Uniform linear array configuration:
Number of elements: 8
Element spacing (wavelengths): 0.25
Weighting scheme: hann
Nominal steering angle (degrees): -45
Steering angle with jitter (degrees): -45.496
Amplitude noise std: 0.05
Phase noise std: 0.05

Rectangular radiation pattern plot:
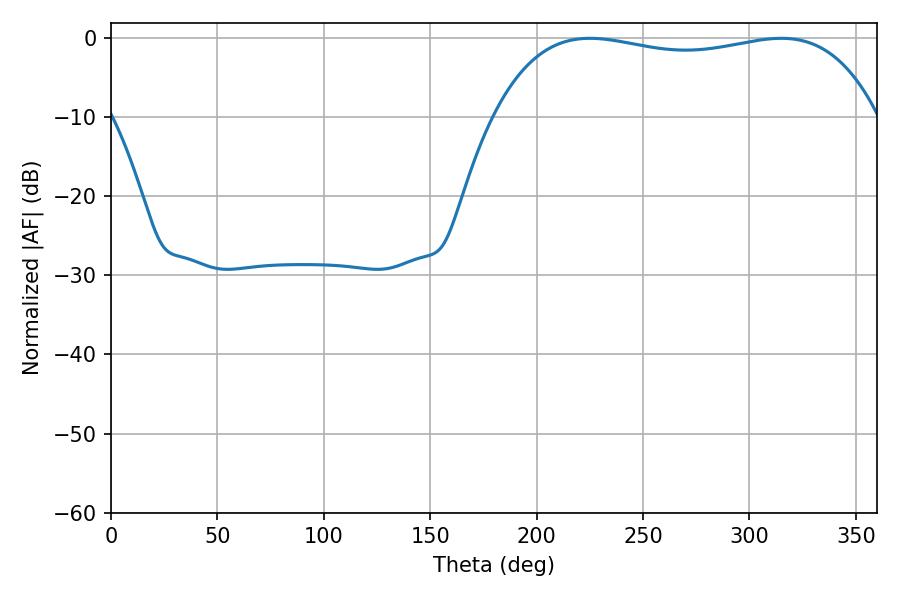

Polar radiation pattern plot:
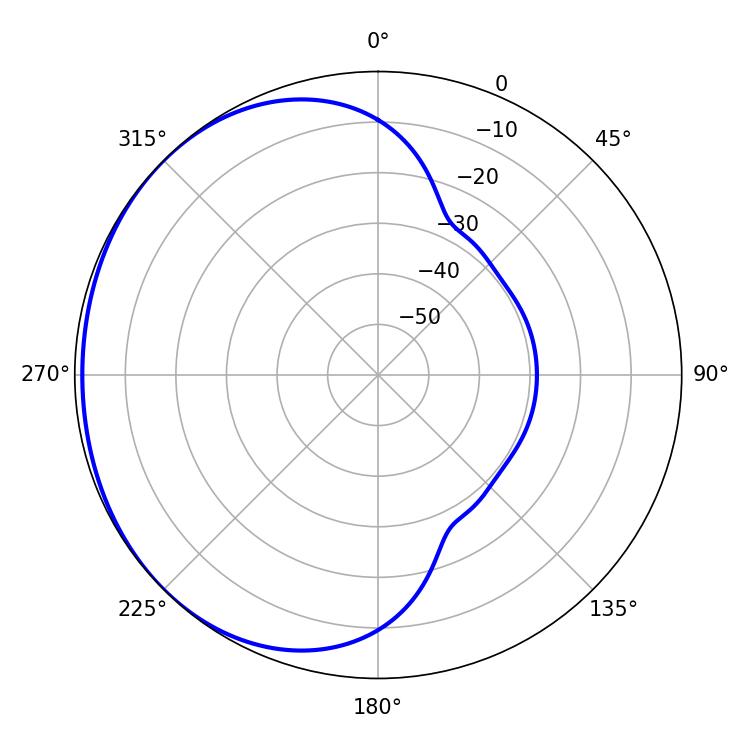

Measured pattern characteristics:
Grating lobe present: FALSE
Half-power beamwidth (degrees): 145.44
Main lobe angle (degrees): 225